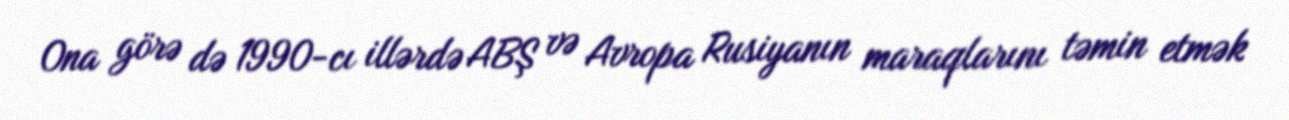
Ona görə də 1990-cı illərdə ABŞ və Avropa Rusiyanın maraqlarını təmin etmək